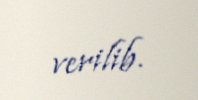
verilib.